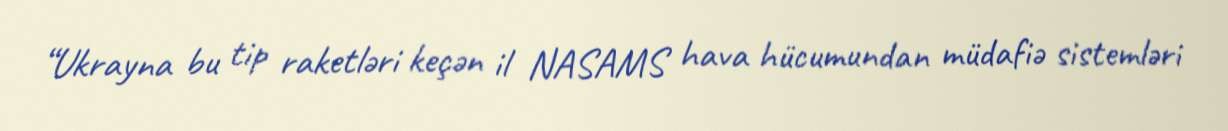
“Ukrayna bu tip raketləri keçən il NASAMS hava hücumundan müdafiə sistemləri